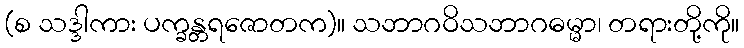
(စ သဒ္ဒါကား ပက္ခန္တရဇောတက)။ သဘာဂဝိသဘာဂဓမ္မာ၊ တရားတို့ကို။